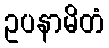
ဥပနာမိတံ